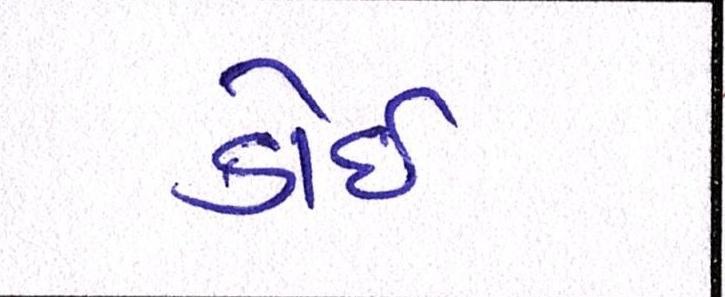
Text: કોઈ